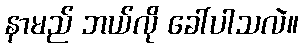
နာမည် ဘယ်လို ခေါ်ပါသလဲ။